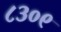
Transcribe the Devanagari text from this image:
८३०९